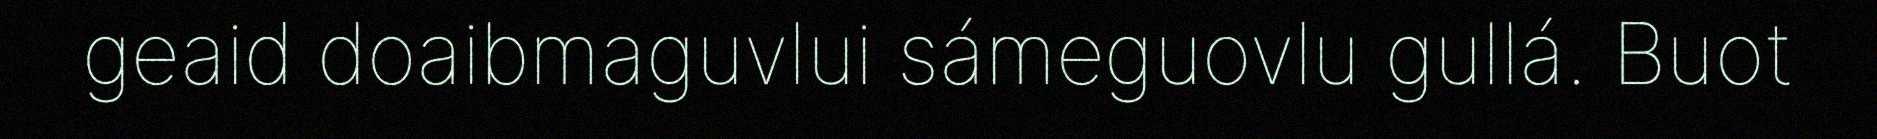
geaid doaibmaguvlui sámeguovlu gullá. Buot